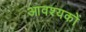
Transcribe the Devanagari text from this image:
आवश्यकों